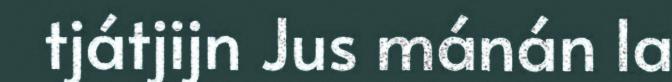
tjátjijn Jus mánán la